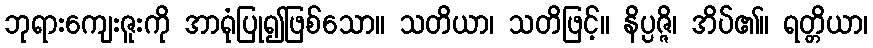
ဘုရားကျေးဇူးကို အာရုံပြု၍ဖြစ်သော။ သတိယာ၊ သတိဖြင့်။ နိပ္ပဇ္ဇိ၊ အိပ်၏။ ရတ္တိယာ၊